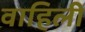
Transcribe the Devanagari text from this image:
वाहिलीं